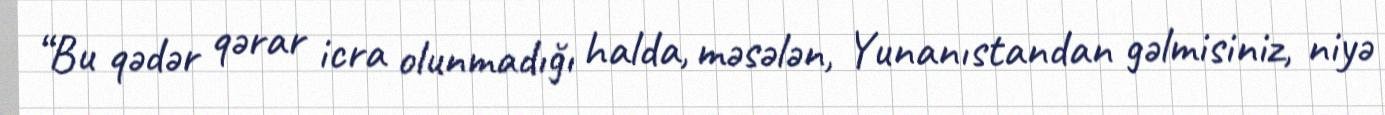
“Bu qədər qərar icra olunmadığı halda, məsələn, Yunanıstandan gəlmisiniz, niyə